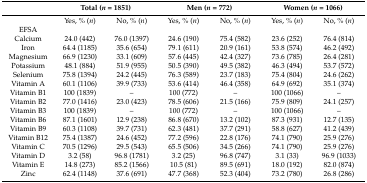
<table><thead><tr><td></td><td colspan="2"><b>Total (<i>n</i> = 1851)</b></td><td colspan="2"><b>Men (<i>n</i> = 772)</b></td><td colspan="2"><b>Women (<i>n</i> = 1066)</b></td></tr></thead><tbody><tr><td></td><td>Yes, % (<i>n</i>)</td><td>No, % (<i>n</i>)</td><td>Yes, % (<i>n</i>)</td><td>No, % (<i>n</i>)</td><td>Yes, % (<i>n</i>)</td><td>No, % (<i>n</i>)</td></tr><tr><td>EFSA</td><td></td><td></td><td></td><td></td><td></td><td></td></tr><tr><td>Calcium</td><td>24.0 (442)</td><td>76.0 (1397)</td><td>24.6 (190)</td><td>75.4 (582)</td><td>23.6 (252)</td><td>76.4 (814)</td></tr><tr><td>Iron</td><td>64.4 (1185)</td><td>35.6 (654)</td><td>79.1 (611)</td><td>20.9 (161)</td><td>53.8 (574)</td><td>46.2 (492)</td></tr><tr><td>Magnesium</td><td>66.9 (1230)</td><td>33.1 (609)</td><td>57.6 (445)</td><td>42.4 (327)</td><td>73.6 (785)</td><td>26.4 (281)</td></tr><tr><td>Potassium</td><td>48.1 (884)</td><td>51.9 (955)</td><td>50.5 (390)</td><td>49.5 (382)</td><td>46.3 (494)</td><td>53.7 (572)</td></tr><tr><td>Selenium</td><td>75.8 (1394)</td><td>24.2 (445)</td><td>76.3 (589)</td><td>23.7 (183)</td><td>75.4 (804)</td><td>24.6 (262)</td></tr><tr><td>Vitamin A</td><td>60.1 (1106)</td><td>39.9 (733)</td><td>53.6 (414)</td><td>46.4 (358)</td><td>64.9 (692)</td><td>35.1 (374)</td></tr><tr><td>Vitamin B1</td><td>100 (1839)</td><td>–</td><td>100 (772)</td><td>–</td><td>100 (1066)</td><td>–</td></tr><tr><td>Vitamin B2</td><td>77.0 (1416)</td><td>23.0 (423)</td><td>78.5 (606)</td><td>21.5 (166)</td><td>75.9 (809)</td><td>24.1 (257)</td></tr><tr><td>Vitamin B3</td><td>100 (1839)</td><td>–</td><td>100 (772)</td><td>–</td><td>100 (1066)</td><td>–</td></tr><tr><td>Vitamin B6</td><td>87.1 (1601)</td><td>12.9 (238)</td><td>86.8 (670)</td><td>13.2 (102)</td><td>87.3 (931)</td><td>12.7 (135)</td></tr><tr><td>Vitamin B9</td><td>60.3 (1108)</td><td>39.7 (731)</td><td>62.3 (481)</td><td>37.7 (291)</td><td>58.8 (627)</td><td>41.2 (439)</td></tr><tr><td>Vitamin B12</td><td>75.4 (1387)</td><td>24.6 (452)</td><td>77.2 (596)</td><td>22.8 (176)</td><td>74.1 (790)</td><td>25.9 (276)</td></tr><tr><td>Vitamin C</td><td>70.5 (1296)</td><td>29.5 (543)</td><td>65.5 (506)</td><td>34.5 (266)</td><td>74.1 (790)</td><td>25.9 (276)</td></tr><tr><td>Vitamin D</td><td>3.2 (58)</td><td>96.8 (1781)</td><td>3.2 (25)</td><td>96.8 (747)</td><td>3.1 (33)</td><td>96.9 (1033)</td></tr><tr><td>Vitamin E</td><td>14.8 (273)</td><td>85.2 (1566)</td><td>10.5 (81)</td><td>89.5 (691)</td><td>18.0 (192)</td><td>82.0 (874)</td></tr><tr><td>Zinc</td><td>62.4 (1148)</td><td>37.6 (691)</td><td>47.7 (368)</td><td>52.3 (404)</td><td>73.2 (780)</td><td>26.8 (286)</td></tr></tbody></table>